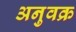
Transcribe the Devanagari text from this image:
अनुवक्र